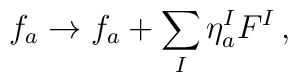
f_a\rightarrow f_a+ \sum_I\eta_a^IF^I\, ,